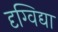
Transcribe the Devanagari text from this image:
दृग्विद्या